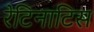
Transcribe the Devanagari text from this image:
रेटिनाटिस